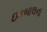
ઇકબાલના